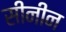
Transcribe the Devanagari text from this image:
सीनीन